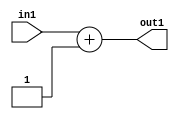
`timescale 1ps / 1ps
/*****************************************************************************
    Verilog RTL Description
    
    
    Created by: Stratus DpOpt 2019.1.01 
*******************************************************************************/

module feature_write_addr_gen_Add2i1u32_4_3 (
	in1,
	out1
	); /* architecture "behavioural" */ 
input [31:0] in1;
output [31:0] out1;
wire [31:0] asc001;

assign asc001 = 
	+(in1)
	+(32'B00000000000000000000000000000001);

assign out1 = asc001;
endmodule

/* CADENCE  ubL3TQE= : u9/ySgnWtBlWxVPRXgAZ4Og= ** DO NOT EDIT THIS LINE ******/